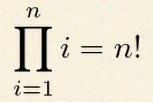
\prod_{i=1}^{n}i=n!